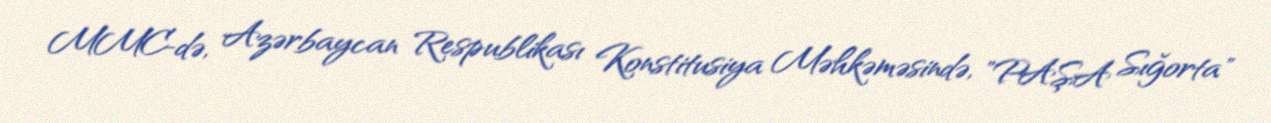
MMC-də, Azərbaycan Respublikası Konstitusiya Məhkəməsində, "PAŞA Sığorta"